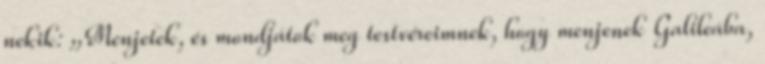
nekik: „Menjetek, és mondjátok meg testvéreimnek, hogy menjenek Galileába,